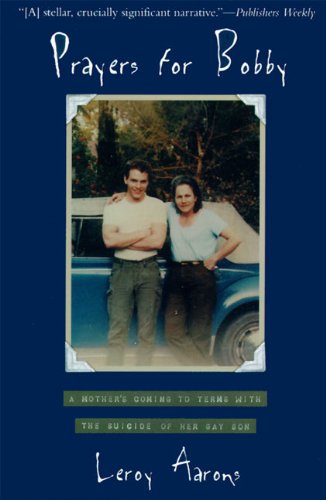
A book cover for Prayers for Bobby: A Mother's Coming to Terms with the Suicide of Her Gay Son; Leroy Aarons; Self-Help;